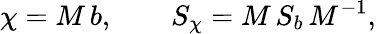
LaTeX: \chi=M\, b,\qquad S_{\chi}=M\, S_{b}\, M^{-1},